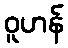
ဝူဟန်